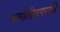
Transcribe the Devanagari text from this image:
मार्गातीलपरकी